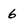
Character: 6